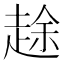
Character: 䞮